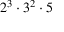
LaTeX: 2 ^ { 3 } \cdot 3 ^ { 2 } \cdot 5